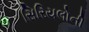
સિરિયલોની